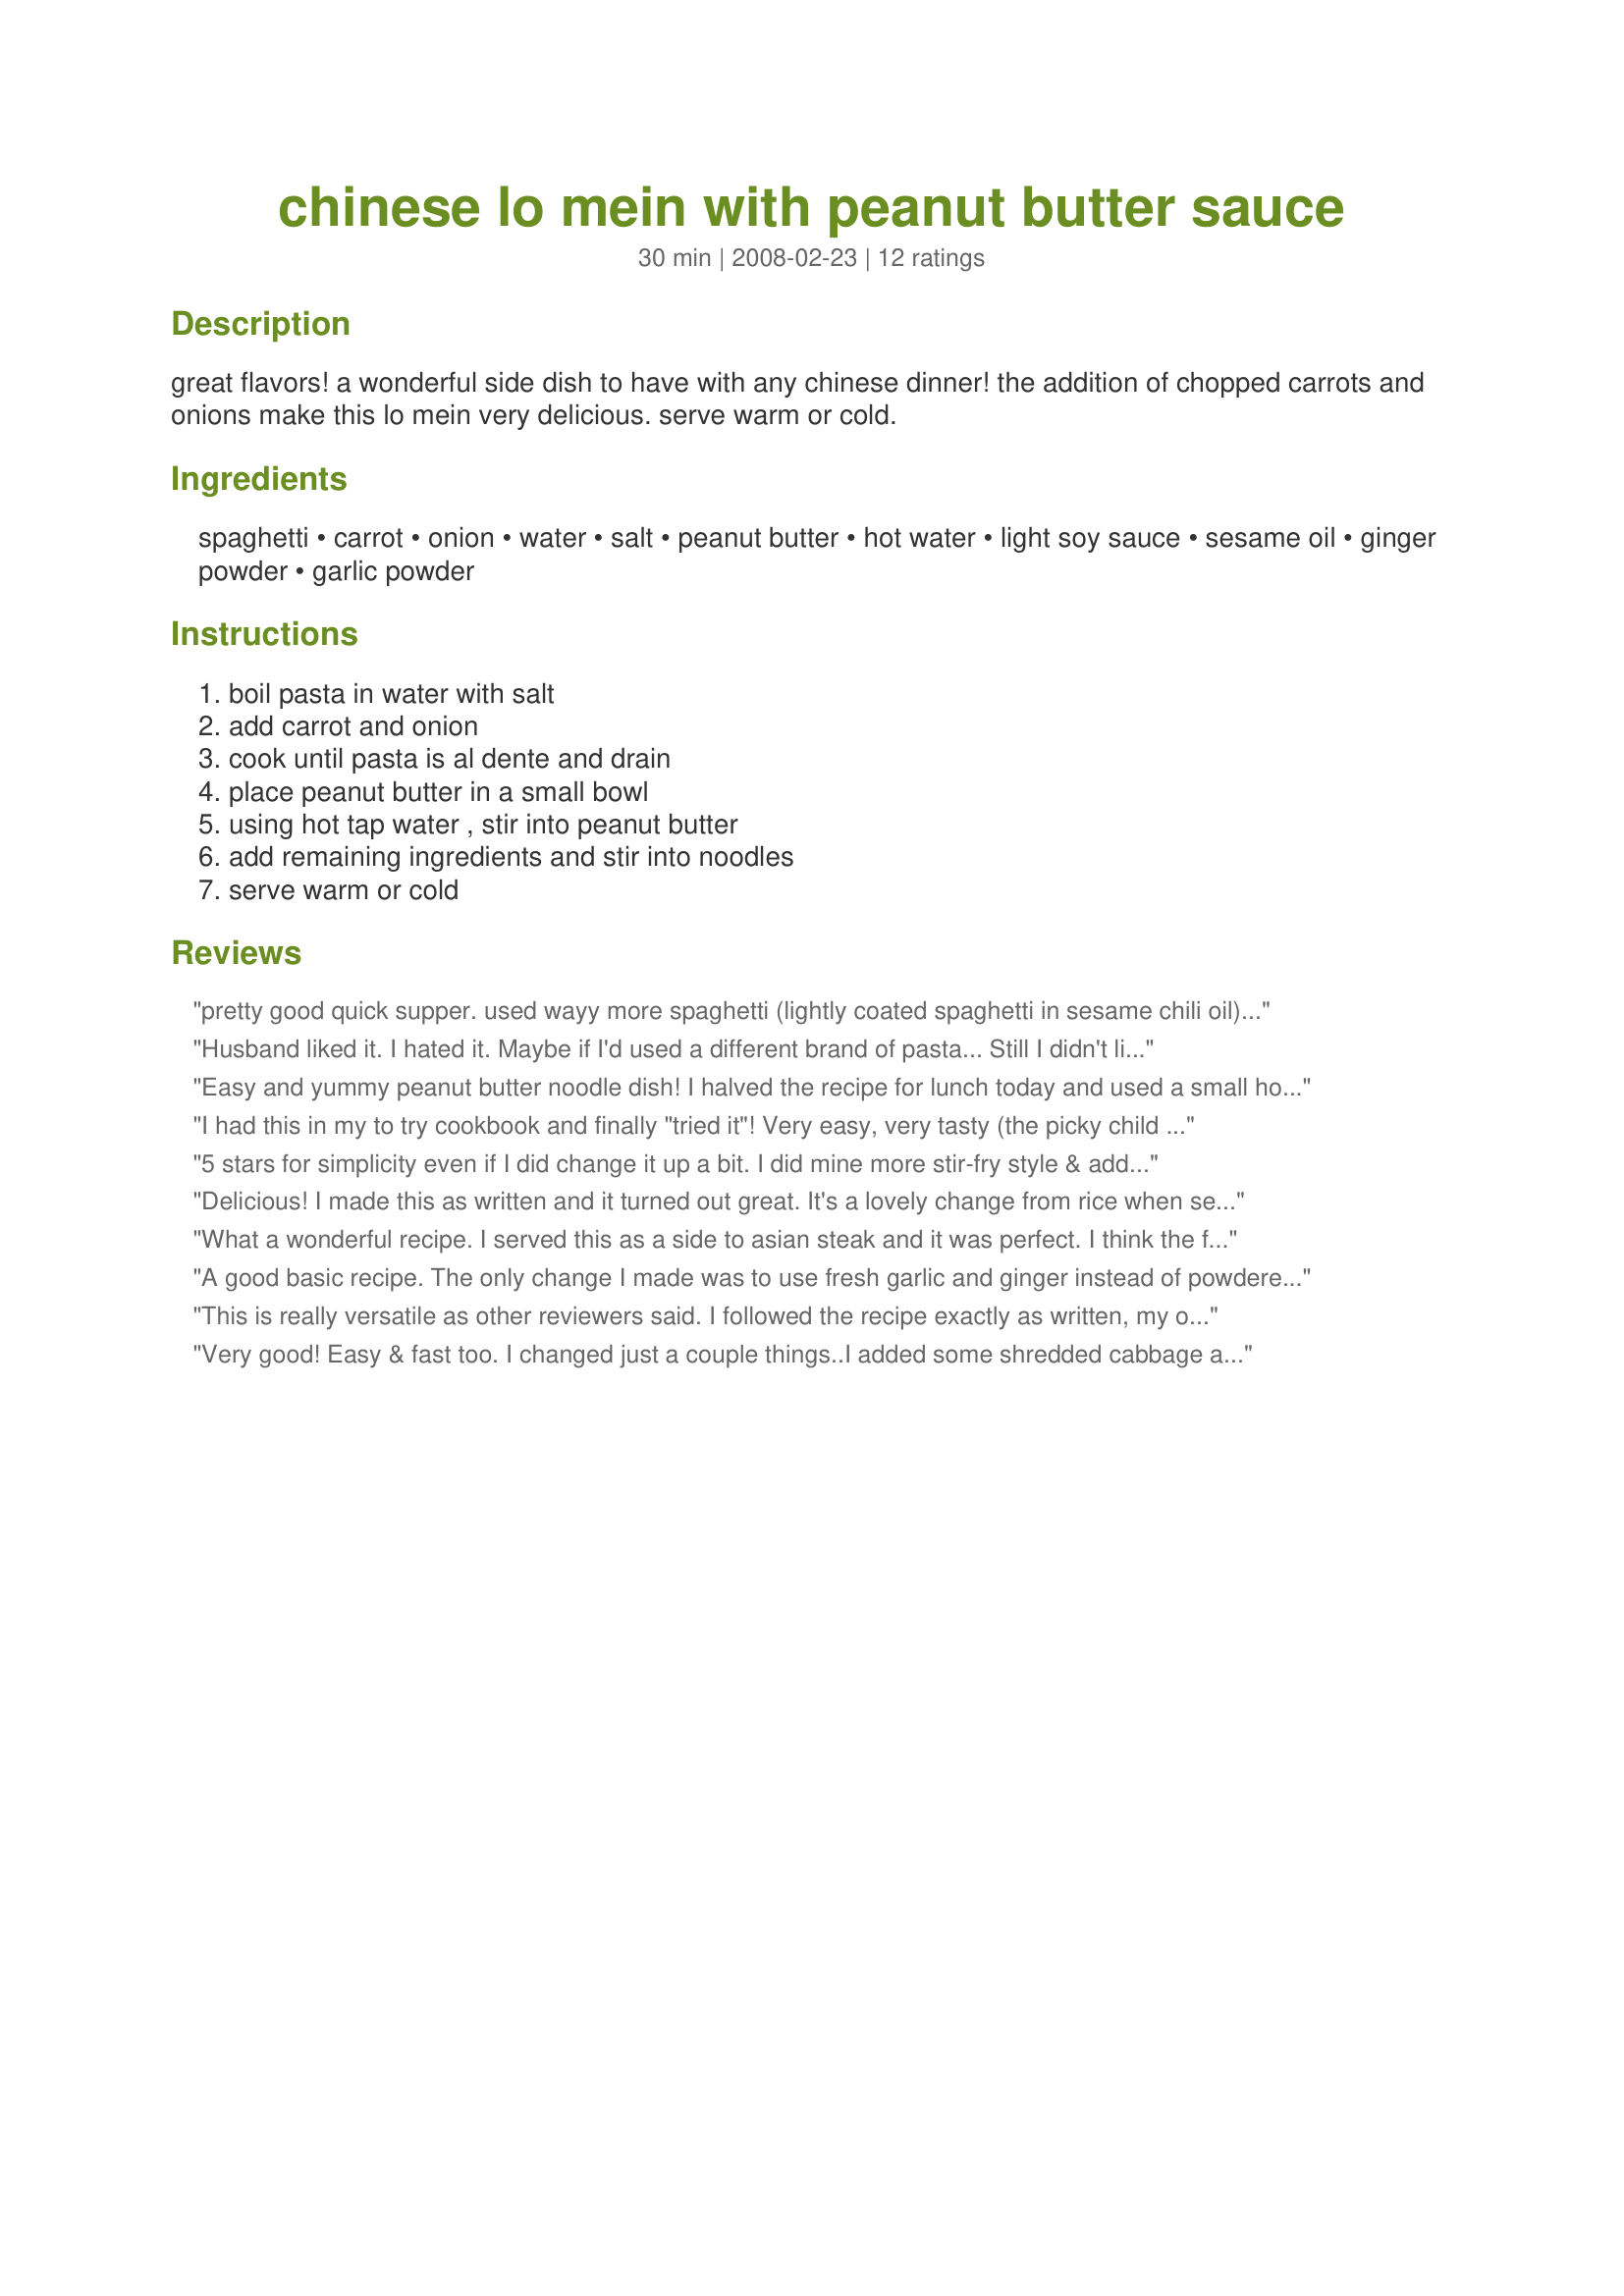
chinese lo mein with peanut butter sauce
Preparation time: 30 minutes

great flavors! a wonderful side dish to have with any chinese dinner! the addition of chopped carrots and onions make this lo mein very delicious. serve warm or cold.

Ingredients:
spaghetti, carrot, onion, water, salt, peanut butter, hot water, light soy sauce, sesame oil, ginger powder, garlic powder

Steps:
boil pasta in water with salt, add carrot and onion, cook until pasta is al dente and drain, place peanut butter in a small bowl, using hot tap water , stir into peanut butter, add remaining ingredients and stir into noodles, serve warm or cold

Reviews:
pretty good quick supper. used wayy more spaghetti (lightly coated spaghetti in sesame chili oil), 1/4 of an onion, 1 can water chestnuts, 2c broccoli, couple handfulls of cooked chicken. upped the sauce ingredients too. next time will use the same amount of pb, lil more water, more sesame chili oil, tad more soy sauce, ginger, and more granulated garlic. am going to try adding some peanut oil instead of pb as it was a lil on the dry side. will be using this recipe for a quick night supper cuz i usually have most of em on hand, thanks Seasoned Cook!!
Husband liked it. I hated it. Maybe if I'd used a different brand of pasta... Still I didn't like the flavor.
Easy and yummy peanut butter noodle dish! I halved the recipe for lunch today and used a small home grown leek instead of the onion (I added the leek just before removing so it didn't overcook). I might use a little less water next time as I thought the sauce was too runny. In any event, it was very tasty and I'd make again! Made for Use Your Noodle.
I had this in my to try cookbook and finally "tried it"! Very easy, very tasty (the picky child loved it!) I added asparagus at the last 4 minutes of boiling. I loved being able to throw all the vegetables in with the noodles, so quick. I think I will up the sauce next time. It wasn't quite enough for me, but it goes in my Asian cookbook. Thanks so much!
5 stars for simplicity even if I did change it up a bit. I did mine more stir-fry style & added some mushrooms and capsicum with the onion & carrots. I also added some chopped chicken I had to use and hokkien noodles in lieu spaghetti. Beacuse of all the extra ingredients I doubled the sauce but added some extra water to thin it out a bit. This is a great simple dish to put together and easily adaptable to what you have on hand. Thanks for posting!
Delicious! I made this as written and it turned out great. It's a lovely change from rice when serving an Asian meal.
What a wonderful recipe. I served this as a side to asian steak and it was perfect. I think the flavor would cary over to chicken very well also. These noodles are just as good cold as hot. Thanks for the great recipe.
A good basic recipe. The only change I made was to use fresh garlic and ginger instead of powdered. After trying DH and I both felt it need something. DH suggested more peanut butter, but I though it need some ump and end up adding some Sambal Oelek chili paste to mine. Ahh the chili paste worked. Thanks so much for the post.
This is really versatile as other reviewers said. I followed the recipe exactly as written, my only sub was brown rice spaghetti instead of wheat (which is why my photo might look a little different). I have never cooked onion that way, it actually works really well in this. I liked the sauce but think I'd sub fresh ginger & garlic next time, they were difficult to detect over the peanut butter. Either that or I'd cut down the peanut butter a bit. At first I only used 2 tbsp of soy and the sauce tasted plenty salty enough - but once everything was put together I found I needed to add that 3rd tbsp in. Thanks very much!
Very good! Easy & fast too. I changed just a couple things..I added some shredded cabbage and waterchestnuts. I sauteed those along with the carrots and onions rather than cooking them with the pasta. When the pasta was done, I threw the veggies and the sauce into the drained pasta and mixed. I love how versatile this is. Great side dish, but could be a great main dish too with the addition of some chicken or shrimp. Will definitely make again. Thanks!
I enjoyed the fact that this comes together very quickly and the flavors are prominent. I did think it was a bit too much peanut butter flavor but that's just my opinion. I tasted the sauce before adding it to the noodles and at first I thought it was too salty but when you add it to the noodles, it was just right. I also added some baby bella mushrooms at the end of the boiling time so they didn't become soggy. The mushrooms really added a nice flavor and texture to the dish. Overall, it's a good dish - I just didn't think it was quite 5 stars.
This was good, and very easy to make. I left out the carrot and onion and I'd give the recipe a 4.5 but I rounded it up to 5 because I'm sure it would have been 5 stars if I included the carrot and onion. I think next time I'll also add chicken and maybe some chopped peanuts.
